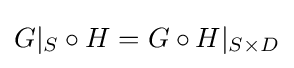
G|_{S}\circ H=G\circ H|_{S\times D}